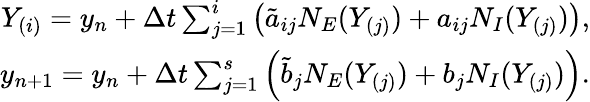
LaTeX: \begin{array}{r}{Y_{(i)}=y_{n}+\Delta t\sum_{j=1}^{i}\left(\tilde{a}_{ij}N_{E}(Y_{(j)})+a_{ij}N_{I}(Y_{(j)})\right),}\\ {y_{n+1}=y_{n}+\Delta t\sum_{j=1}^{s}\left(\tilde{b}_{j}N_{E}(Y_{(j)})+b_{j}N_{I}(Y_{(j)})\right).}\end{array}